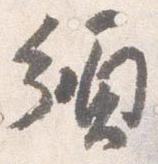
頒